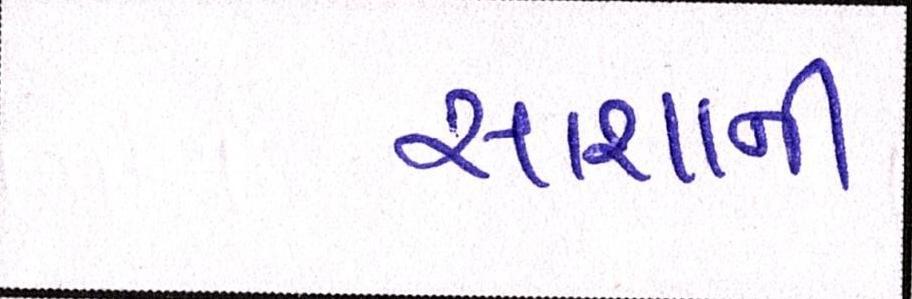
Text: સાશાની